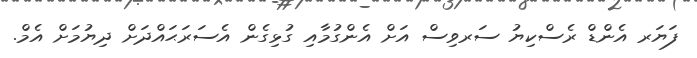
ފަޔަރ އެންޑް ރެސްކިޔު ސަރވިސް އަށް އެންގުމާއި ގުޅިގެން އެސަރަޙައްދަށް ދިޔުމަށް އެމް.